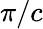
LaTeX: {\pi}/c